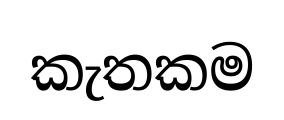
කැතකම